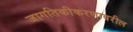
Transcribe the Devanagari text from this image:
जागतिकीकरणावरील